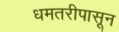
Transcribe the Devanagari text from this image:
धमतरीपासून